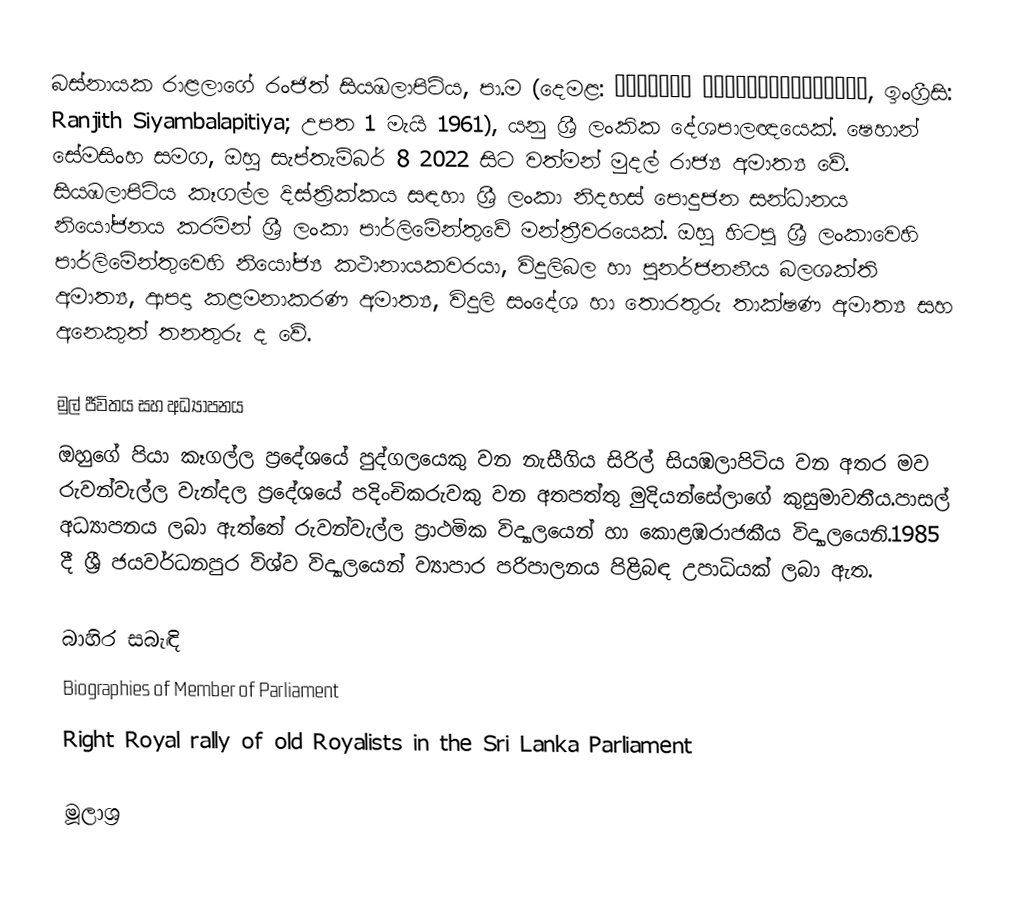
බස්නායක රාළලාගේ රංජිත් සියඹලාපිටිය, පා.ම (දෙමළ: ரஞ்சித் சியம்பலாபிட்டிய, ඉංග්‍රීසි: Ranjith Siyambalapitiya; උපත 1 මැයි 1961), යනු ශ්‍රී ලංකික දේශපාලඥයෙක්. ෂෙහාන් සේමසිංහ සමග, ඔහු සැප්තැම්බර් 8 2022 සිට වත්මන් මුදල් රාජ්‍ය අමාත්‍ය වේ. සියඹලාපිටිය කෑගල්ල දිස්ත්‍රික්කය සඳහා ශ්‍රී ලංකා නිදහස් පොදුජන සන්ධානය නියෝජනය කරමින් ශ්‍රී ලංකා පාර්ලිමේන්තුවේ මන්ත්‍රීවරයෙක්. ඔහු හිටපු ශ්‍රී ලංකාවෙහි පාර්ලිමේන්තුවෙහි නියෝජ්‍ය කථානායකවරයා, විදුලිබල හා පුනර්ජනනීය බලශක්ති අමාත්‍ය, ආපදා කළමනාකරණ අමාත්‍ය, විදුලි සංදේශ හා තොරතුරු තාක්ෂණ අමාත්‍ය සහ අනෙකුත් තනතුරු ද වේ.

මුල් ජීවිතය සහ අධ්‍යාපනය
ඔහුගේ පියා කෑගල්ල ප්‍රදේශයේ පුද්ගලයෙකු වන නැසීගිය සිරිල් සියඹලාපිටිය වන අතර මව රුවන්වැල්ල වැන්දල ප්‍රදේශයේ පදිංචිකරුවකු වන අතපත්තු මුදියන්සේලාගේ කුසුමාවතීය.පාසල් අධ්‍යාපනය ලබා ඇත්තේ රුවන්වැල්ල ප්‍රාථමික විද්‍යාලයෙන් හා කොළඹරාජකීය විද්‍යාලයෙනි.1985 දී ශ්‍රී ජයවර්ධනපුර විශ්ව විද්‍යාලයෙන් ව්‍යාපාර පරිපාලනය පිළිබඳ උපාධියක් ලබා ඇත.

බාහිර සබැඳි
 Biographies of Member of Parliament
 Right Royal rally of old Royalists in the Sri Lanka Parliament

මූලාශ්‍ර